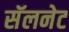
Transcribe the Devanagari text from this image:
सॅलनेट